Indian journal of veterinary science and animal husbandry - Volumes 26-27, 1956-1957
Year: 1956
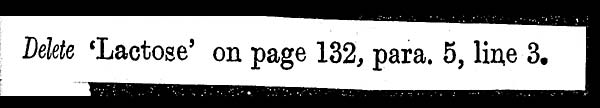
Delete 'Lactose' on page 132, para. 5, line 3.